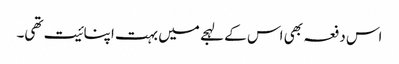
اس دفعہ بھی اس کے لہجے میں بہت اپنائیت تھی۔